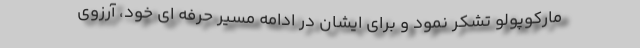
مارکوپولو تشکر نمود و برای ایشان در ادامه مسیر حرفه ای خود، آرزوی